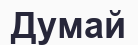
Думай